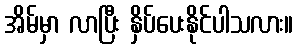
အိမ်မှာ လာပြီး နှိပ်ပေးနိုင်ပါသလား။